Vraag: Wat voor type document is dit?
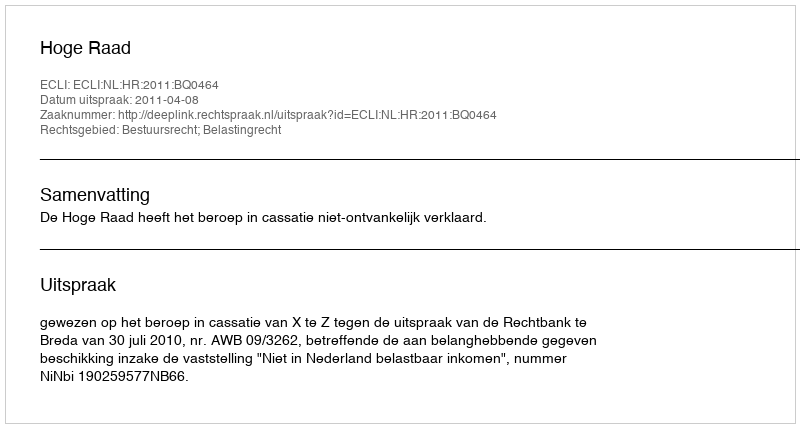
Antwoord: Uitspraak